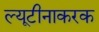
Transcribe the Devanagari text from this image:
ल्यूटीनाकरक